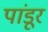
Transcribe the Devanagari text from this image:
पांडूर